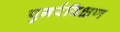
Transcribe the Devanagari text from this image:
पुनर्रविक्षण